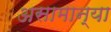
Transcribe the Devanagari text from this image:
असामान्या